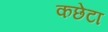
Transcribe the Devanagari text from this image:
कछेटा